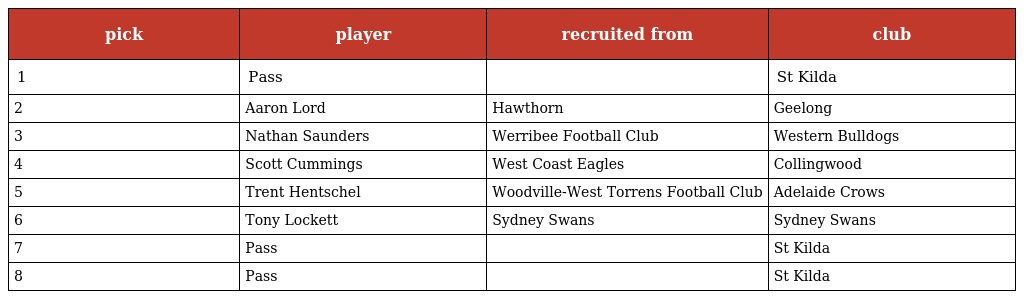
| pick | player | recruited from | club |
 | --- | --- | --- | --- |
 | 1 | Pass |  | St Kilda |
 | 2 | Aaron Lord | Hawthorn | Geelong |
 | 3 | Nathan Saunders | Werribee Football Club | Western Bulldogs |
 | 4 | Scott Cummings | West Coast Eagles | Collingwood |
 | 5 | Trent Hentschel | Woodville-West Torrens Football Club | Adelaide Crows |
 | 6 | Tony Lockett | Sydney Swans | Sydney Swans |
 | 7 | Pass |  | St Kilda |
 | 8 | Pass |  | St Kilda |